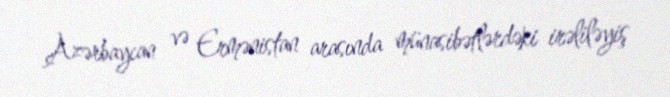
Azərbaycan və Ermənistan arasında münasibətlərdəki irəliləyiş